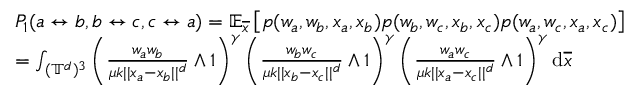
\begin{array} { r l } & { P _ { 1 } ( a \leftrightarrow b , b \leftrightarrow c , c \leftrightarrow a ) = \mathbb { E } _ { \overline { { x } } } \left[ p ( w _ { a } , w _ { b } , x _ { a } , x _ { b } ) p ( w _ { b } , w _ { c } , x _ { b } , x _ { c } ) p ( w _ { a } , w _ { c } , x _ { a } , x _ { c } ) \right] } \\ & { = \int _ { ( \mathbb { T } ^ { d } ) ^ { 3 } } \left( \frac { w _ { a } w _ { b } } { \mu k | | x _ { a } - x _ { b } | | ^ { d } } \wedge 1 \right) ^ { \gamma } \left( \frac { w _ { b } w _ { c } } { \mu k | | x _ { b } - x _ { c } | | ^ { d } } \wedge 1 \right) ^ { \gamma } \left( \frac { w _ { a } w _ { c } } { \mu k | | x _ { a } - x _ { c } | | ^ { d } } \wedge 1 \right) ^ { \gamma } \mathrm { d } \overline { { x } } } \end{array}